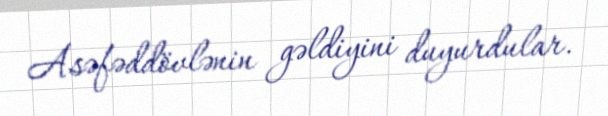
Asəfəddövlənin gəldiyini duyurdular.